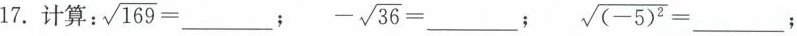
17.计算：$$\sqrt{169}=___$$; $$- \sqrt{36}=___$$; $$\sqrt{(-5)^{2}}=___$$;